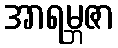
အာရမ္ဘဇာ